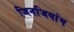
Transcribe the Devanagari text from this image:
जिनजियांग